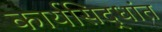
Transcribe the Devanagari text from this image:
कार्यसिद्धांत